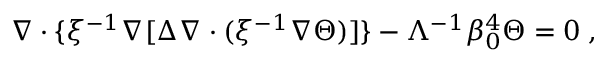
\nabla \cdot \{ \xi ^ { - 1 } \nabla [ \Delta \nabla \cdot ( \xi ^ { - 1 } \nabla \Theta ) ] \} - \Lambda ^ { - 1 } \beta _ { 0 } ^ { 4 } \Theta = 0 \; ,